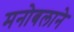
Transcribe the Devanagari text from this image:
मनोबलाने